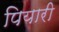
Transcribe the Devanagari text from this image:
पियारी